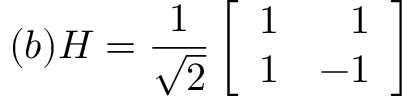
( b ) H = \frac { 1 } { \sqrt { 2 } } \left[ \begin{array} { r r } { 1 } & { 1 } \\ { 1 } & { - 1 } \end{array} \right]